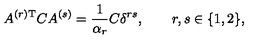
A ^ { ( r ) \mathrm { T } } C A ^ { ( s ) } = \frac { 1 } { \alpha _ { r } } C \delta ^ { r s } , \qquad r , s \in \{ 1 , 2 \} ,